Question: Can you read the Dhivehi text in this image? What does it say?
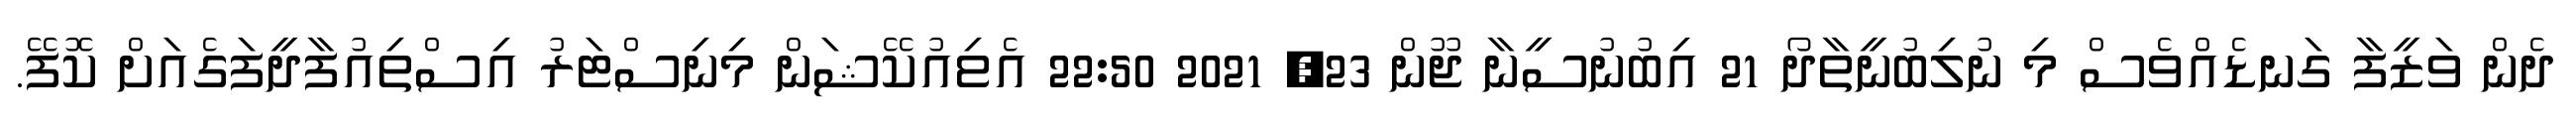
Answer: ދެން ވަޒީފާ ގަނޑެއްވެސް މި ނުލިބުނީތާދޯ 21 އިބުނުސީނާ ޖޫން 23, 2021 22:50 އެޱިއުކޭޝަން މިނިސްޓަރު އިސްތިއުފާދީފަގެއަށް ކޮފޭ.